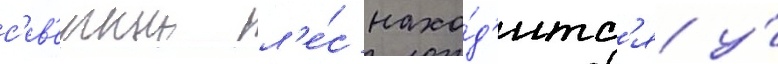
с'ев'ерныи л'е́с нахо́д'итс'я у́